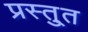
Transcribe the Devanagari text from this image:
प्रस्तु्त